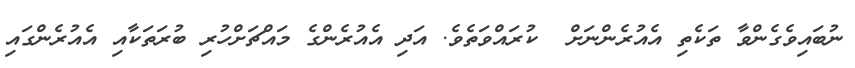
ނުބައިވެގެންވާ ތަކެތި އެއުރެންނަށް  ކުރައްވަތެވެ. އަދި އެއުރެންގެ މައްޗަށްހުރި ބުރަތަކާއި އެއުރެންގައި